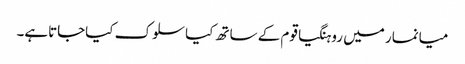
میانمار میں روہنگیاقوم کے ساتھ کیاسلوک کیاجاتاہے۔